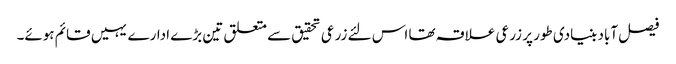
فیصل آباد بنیادی طور پر زرعی علاقہ تھا اس لئے زرعی تحقیق سے متعلق تین بڑے ادارے یہیں قائم ہوئے۔